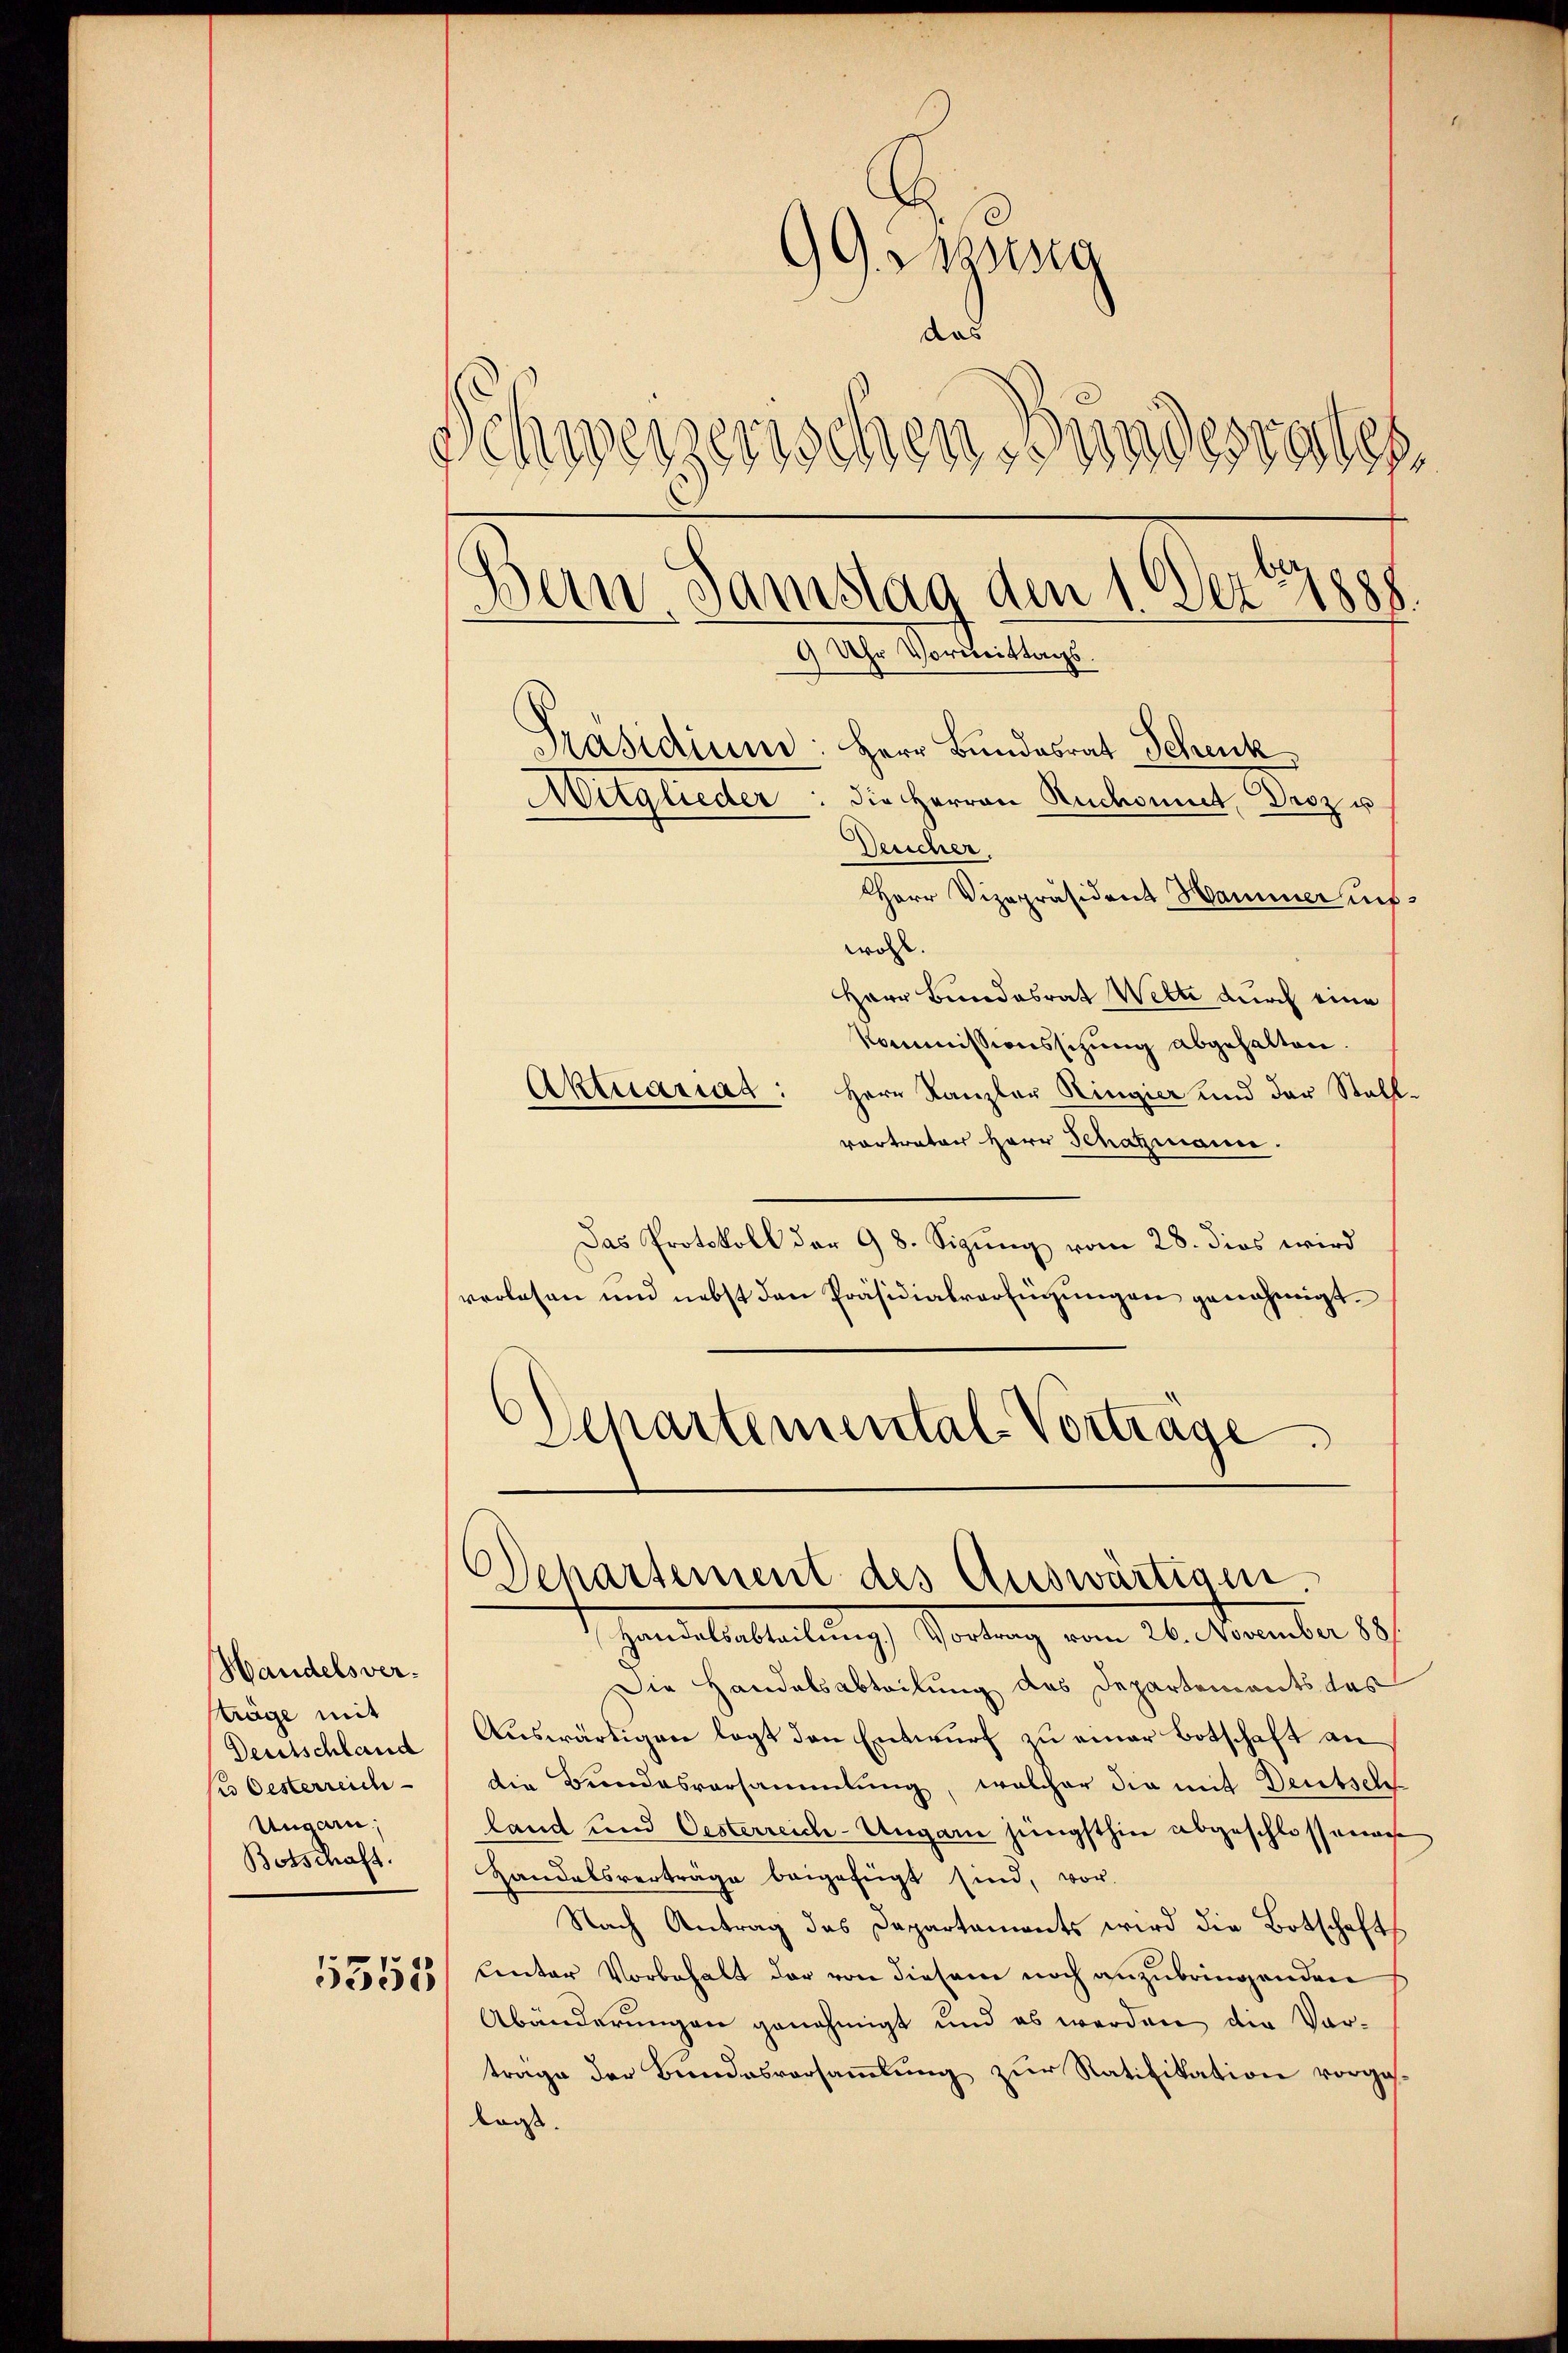
Handelsversträge mit
Deutschland
 Oesterreich
Ungarn,
Botschaft.

5355

99. Massg
das
Schweizerischen Bundesrates

.
ein Samstag den 1. Dez. 1888
9 Uhr Vormittungs

Präsidium: Herr Bundesrat Schenk
Mitglieder: die Herren Redout, Droz u
Deucher.
Herr Vizepräsident Hammer inswoll
Herr Bundesrat Wette durch eine
Kommissionssitzung abgehalten.
Aktuariat: Herr Kanzler Ringier und der Stall-
vortraten Herr Schazmann.
Das Protokoll der 98. Sigung vom 28. dies wird
verlesen und nebst den Präsidialverfügungen genehmigt.
Departemental-Vortrage

Departement des Auswärtigen
Handelsabteilung.) Vortrag vom 26. November 188

Die Handelsabteilung des Departements das
Auswärtigen legt den Entwurf zu einer Botschaft an
die Bundesversammlung, welcher die mit Deutsch
land und Oesterreich-Ungarn jüngsthin abgeschlossenach
Handelsverträge beigefügt sind, vor-
Nach Antrag das Departaments wird die Botschaft
Lnter Vorbehalt der von diesem noch anzubringenden
Abänderungen genehmigt und es werden die Vortrage der Bundesversaṁlŭng zŭr Ratifikation vorgekars.